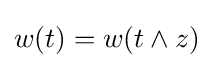
w(t)=w(t\wedge z)